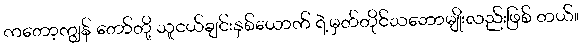
ကတော့ကျွန် တော်တို့ သူငယ်ချင်းနှစ်ယောက် ရဲ့မှတ်တိုင်သဘောမျိုးလည်းဖြစ် တယ်။